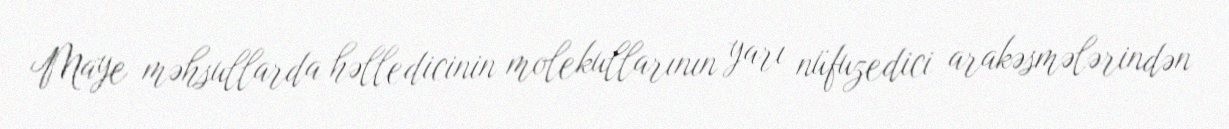
Maye məhsullarda həlledicinin molekullarının yarı nüfuzedici arakəsmələrindən